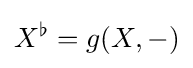
X^{\flat }=g(X,-)